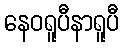
နေဝရူပီနာရူပီ